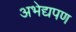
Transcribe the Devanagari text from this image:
अभेद्यपण